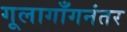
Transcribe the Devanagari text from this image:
गूलागाँगनंतर